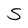
Character: S